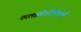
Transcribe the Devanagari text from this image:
फालाक्रोकोरेसिफॉर्म्स